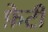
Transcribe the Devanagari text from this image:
फ़ेटी